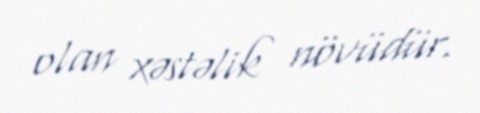
olan xəstəlik növüdür.